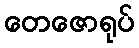
တေဇောရုပ်